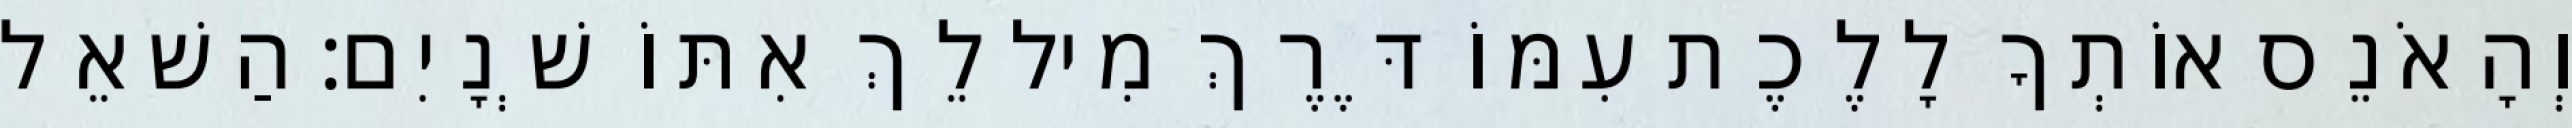
וְהָאֹנֵס אוֹתְךָ לָלֶכֶת עִמּוֹ דֶּרֶךְ מִיל לֵךְ אִתּוֹ שְׁנָיִם׃ הַשׁאֵל